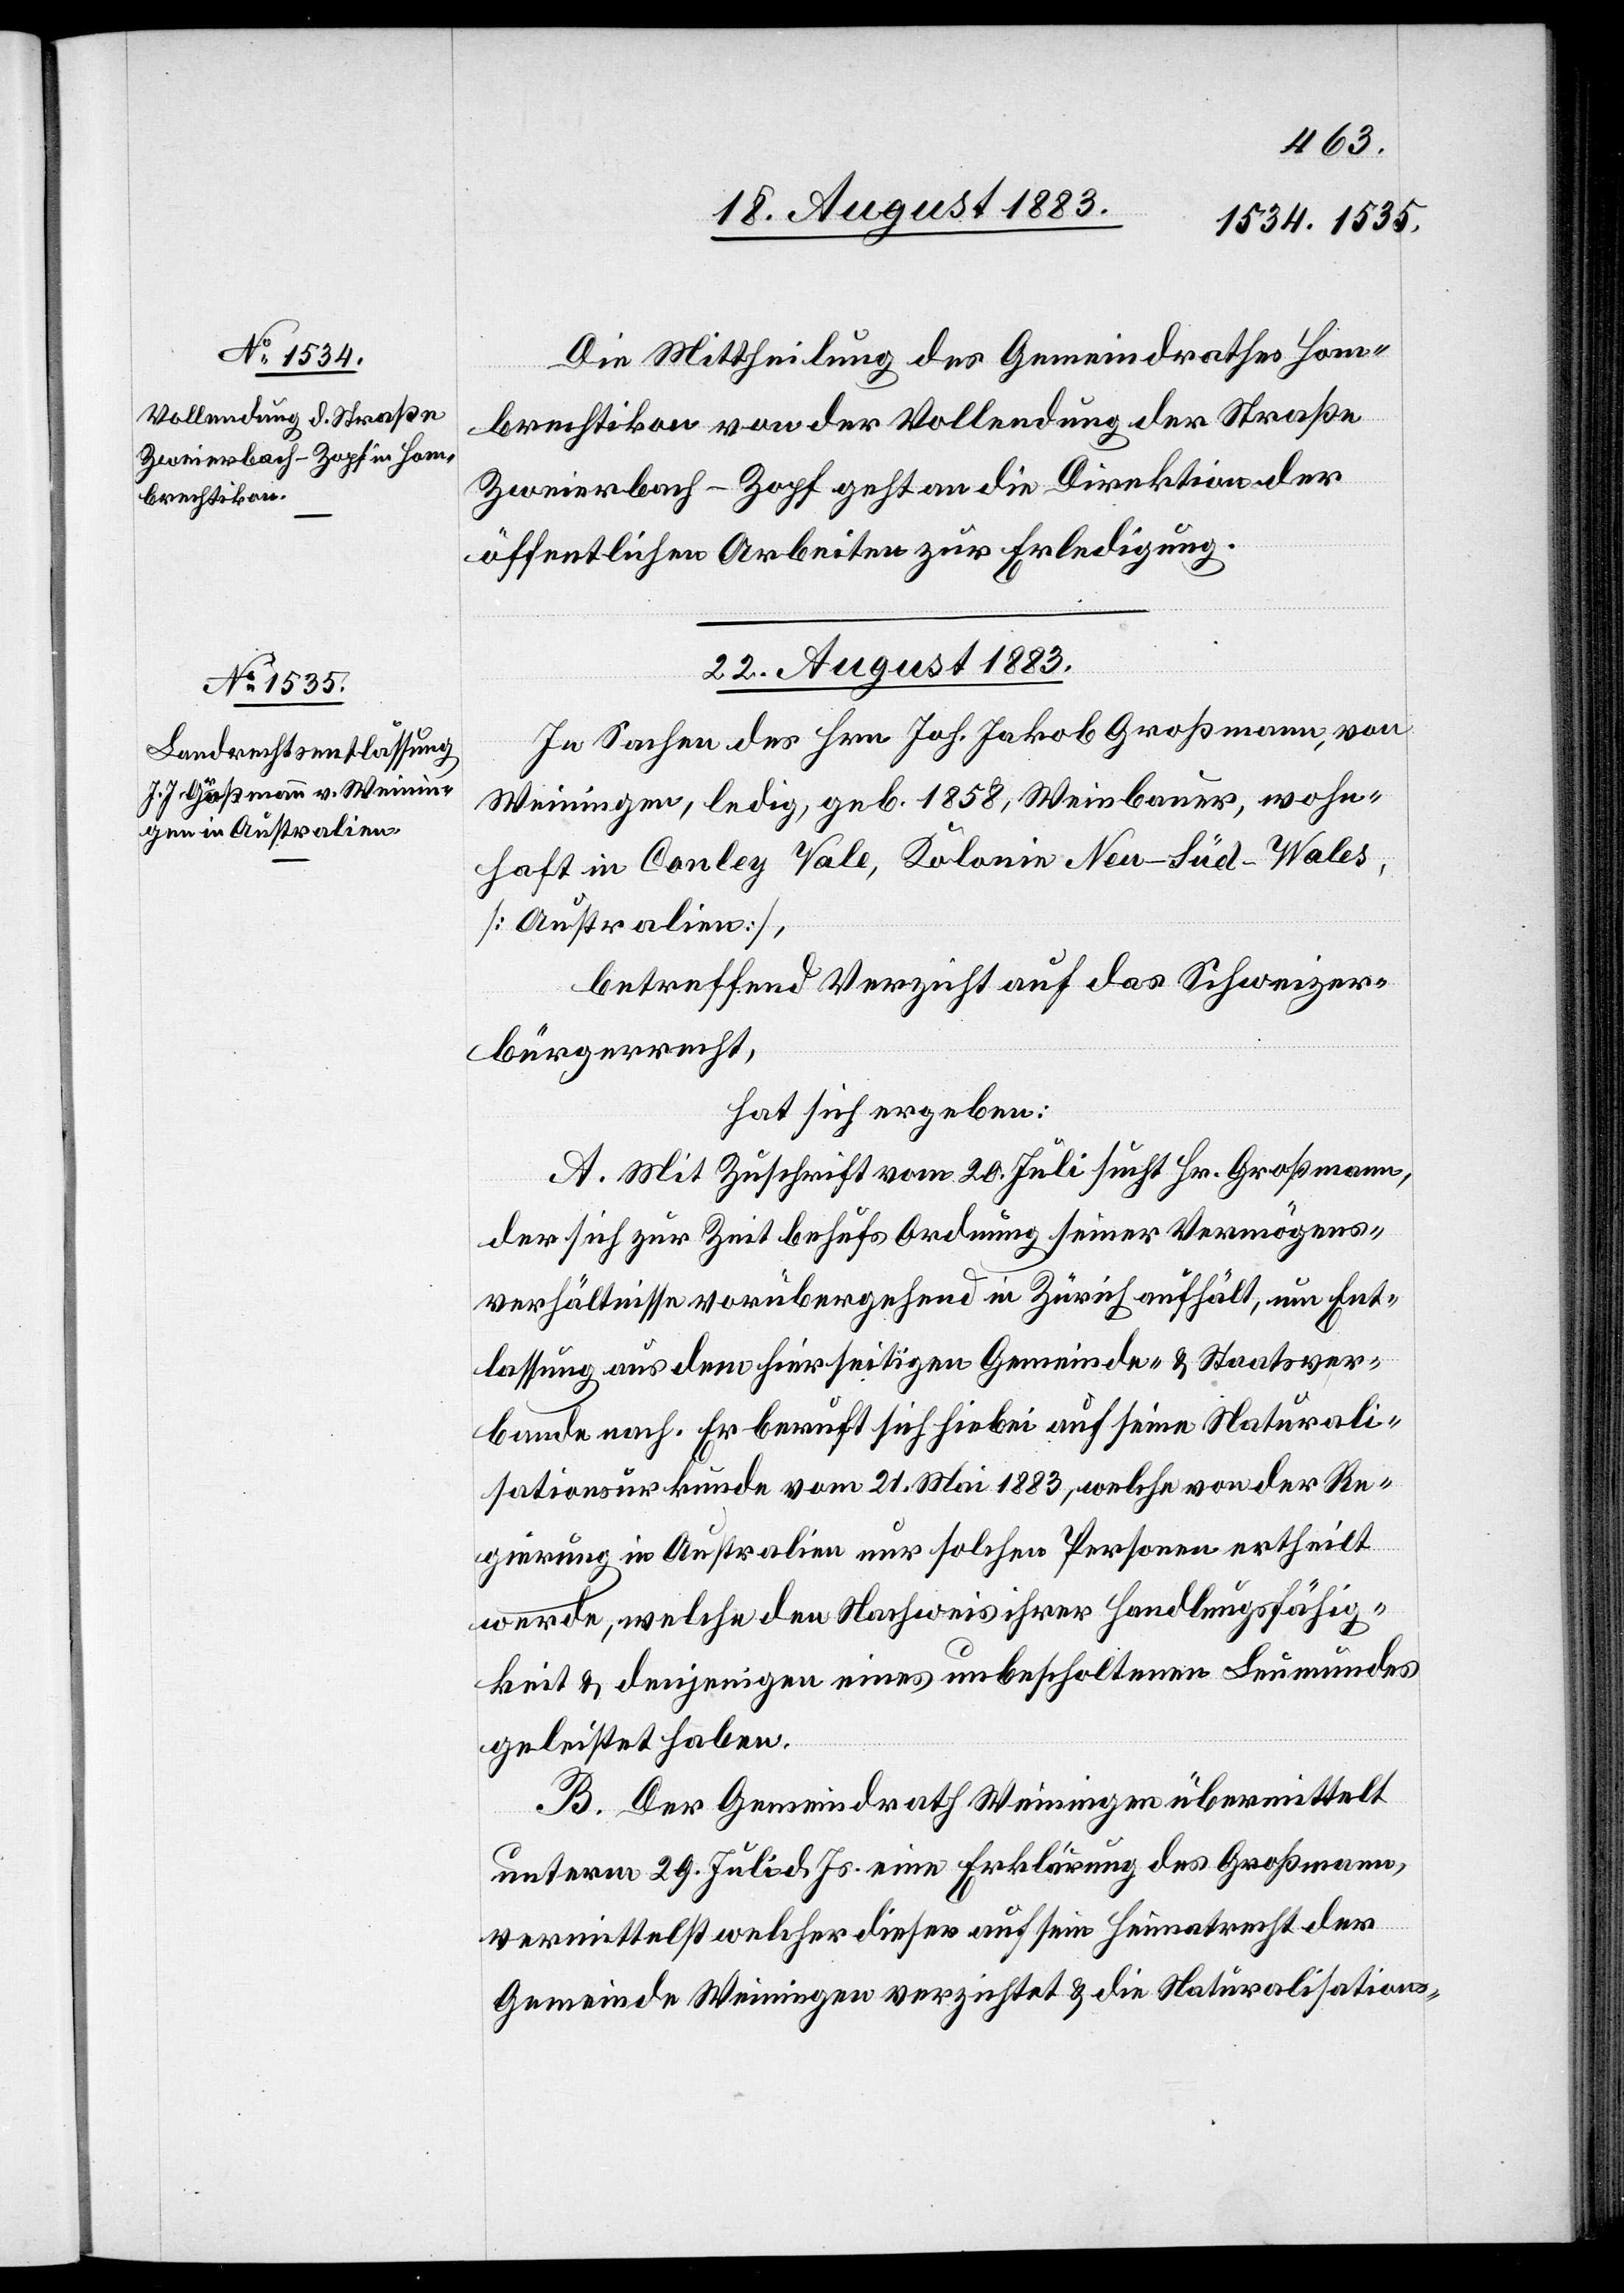
21. August 1883.]
Die Mittheilung des Gemeindrathes Hom¬
brechtikon von der Vollendung der Straße
Zweierbach–Zopf geht an die Direktion der
öffentlichen Arbeiten zur Erledigung.
22. August 1883.
In Sachen des Hrn. Joh. Jakob Großmann, von
Weiningen, ledig, geb. 1858, Weinbauer, wohn¬
haft in Conley Vale, Kolonie Neu-Süd-Wales,
[Australien],
betreffend Verzicht auf das Schweizer¬
bürgerrecht,
hat sich ergeben:
A. Mit Zuschrift vom 20. Juli sucht Hr. Großmann,
der sich zur Zeit behufs Ordnung seiner Vermögens¬
verhältnisse vorübergehend in Zürich aufhält, um Ent¬
lassung aus dem hierseitigen Gemeinde- & Staatsver¬
bande nach. Er beruft sich hiebei auf seine Naturali¬
sationsurkunde vom 21. Mai 1883, welche von der Re¬
gierung in Australien nur solchen Personen ertheilt
werde, welche den Nachweis ihrer Handlungsfähig¬
keit & denjenigen eines unbescholtenen Leumundes
geleistet haben.
B. Der Gemeindrath Weiningen übermittelt
unterm 29. Juli d. Js. eine Erklärung des Großmann,
vermittelst welcher dieser auf sein Heimatrecht der
Gemeinde Weiningen verzichtet & die Naturalisations-